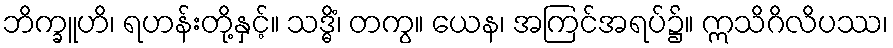
ဘိက္ခူဟိ၊ ရဟန်းတို့နှင့်။ သဒ္ဓိံ၊ တကွ။ ယေန၊ အကြင်အရပ်၌။ ဣသိဂိလိပဿ၊